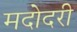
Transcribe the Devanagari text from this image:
मदोदरी